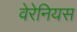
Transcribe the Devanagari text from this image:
वेरेनियस